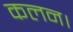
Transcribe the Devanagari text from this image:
कलन।